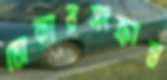
চোকারসংক্রান্ত